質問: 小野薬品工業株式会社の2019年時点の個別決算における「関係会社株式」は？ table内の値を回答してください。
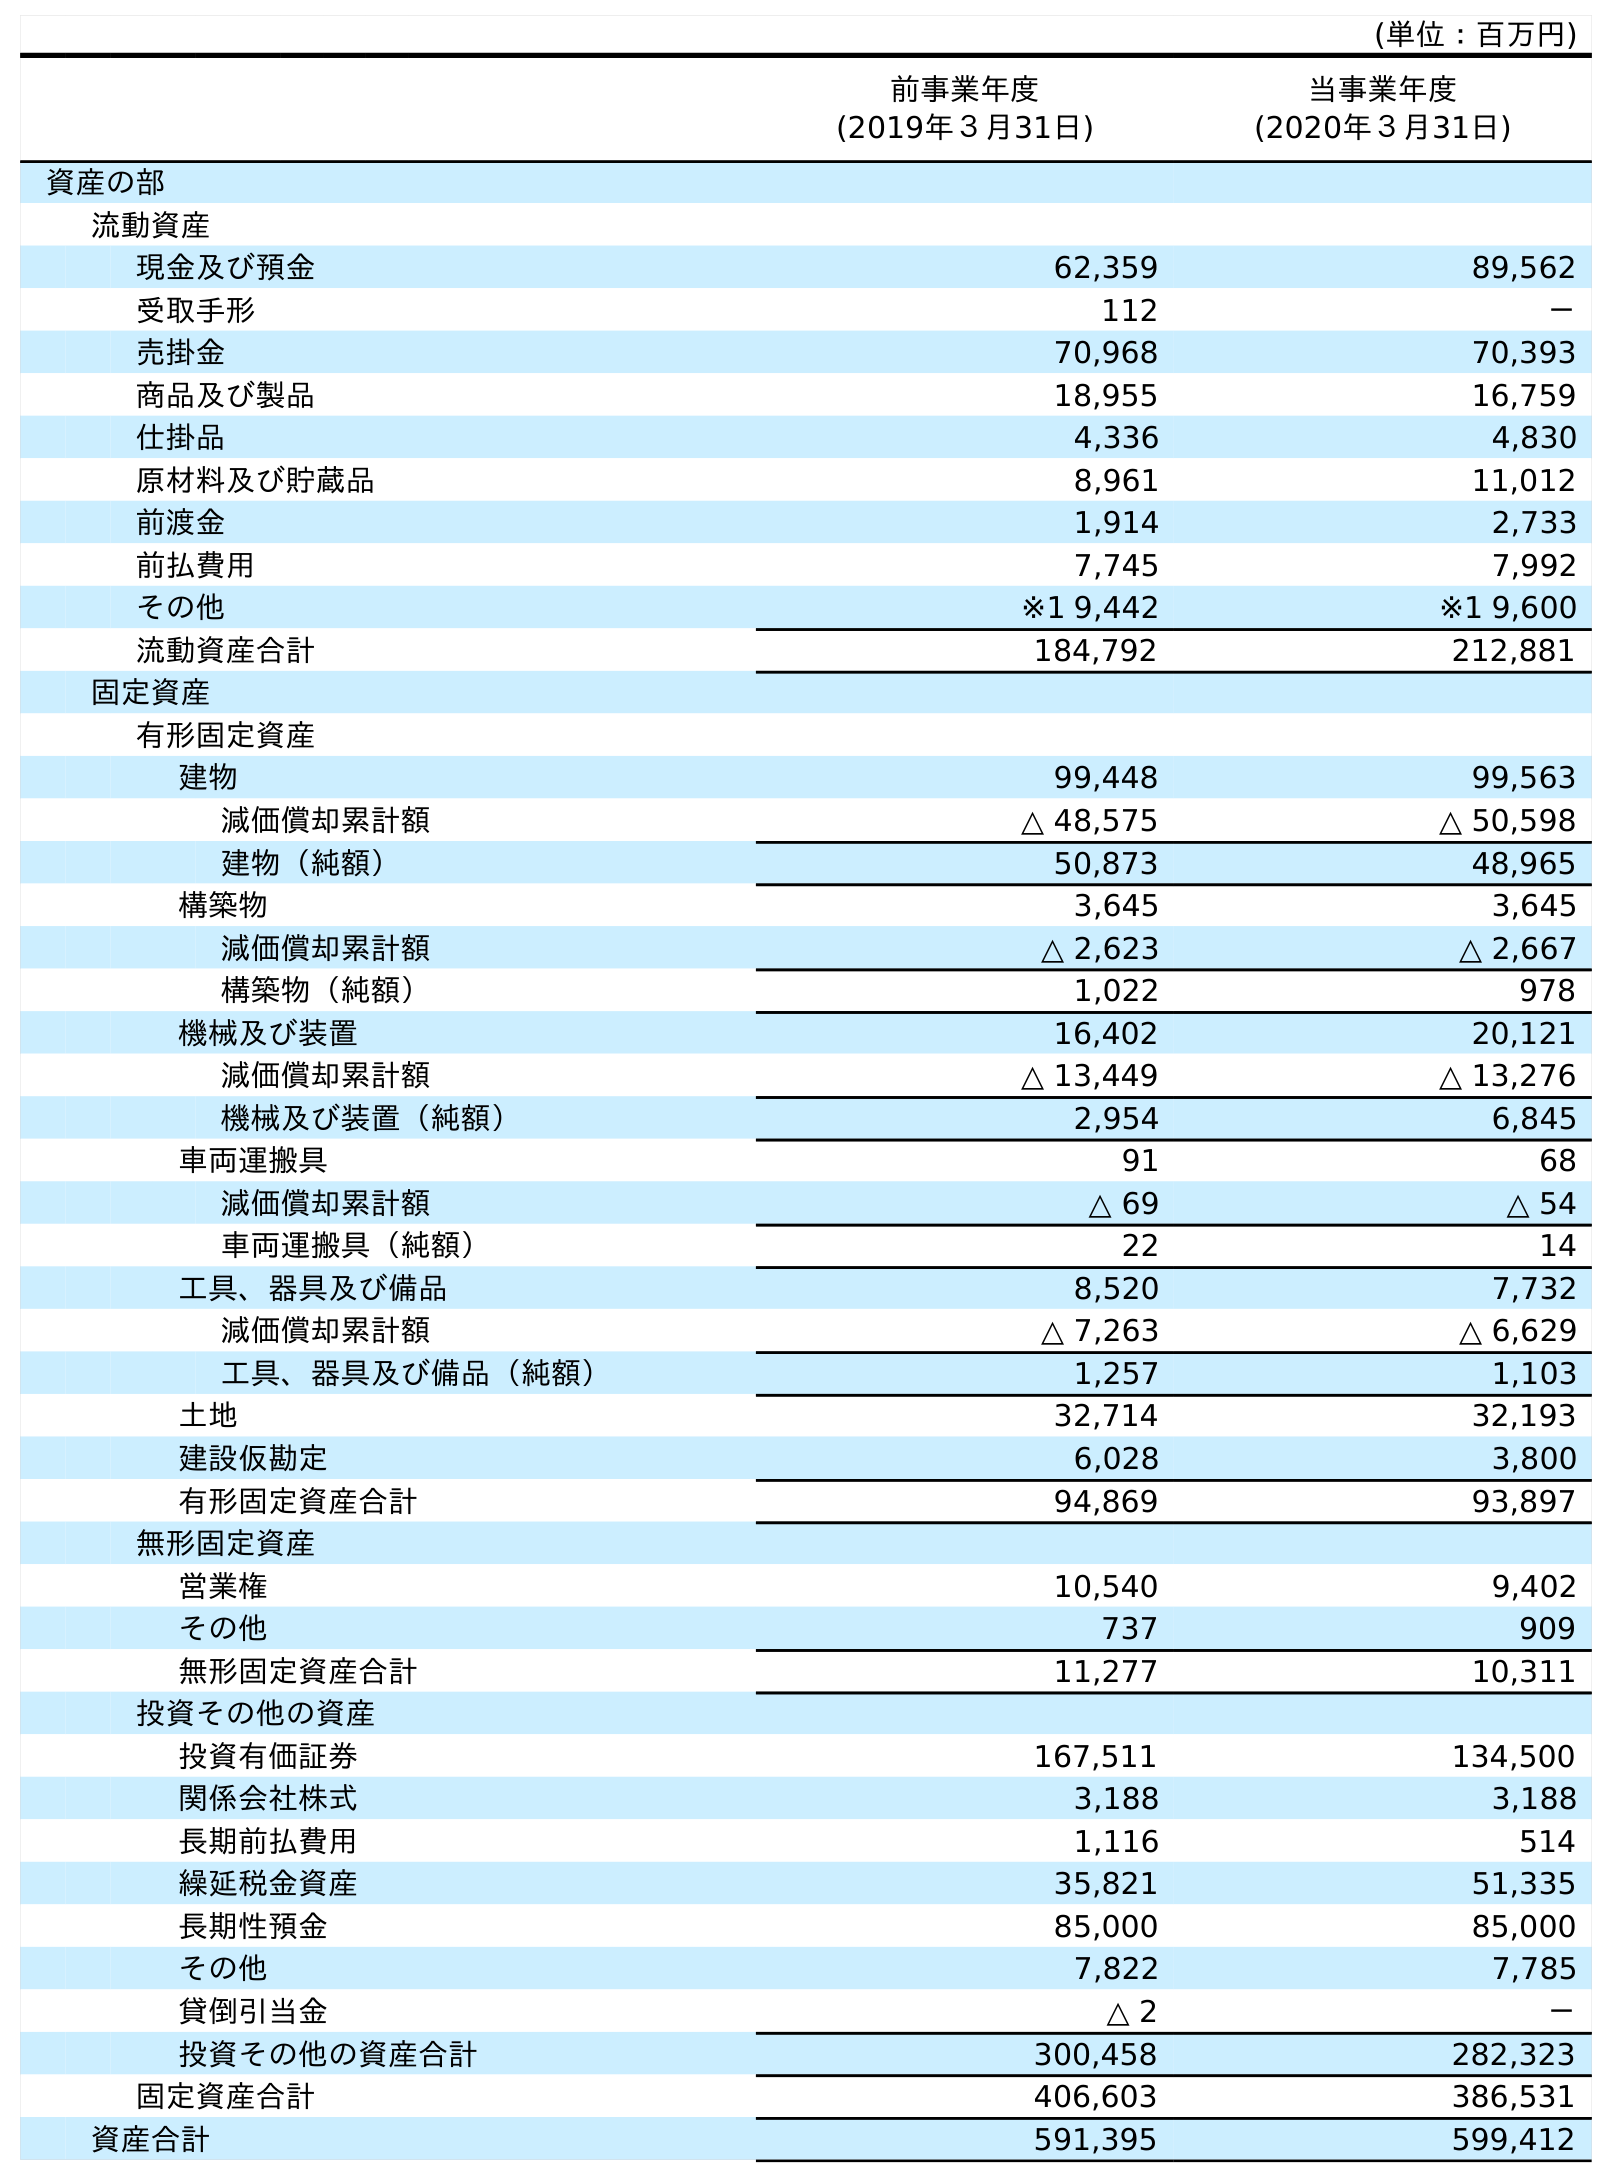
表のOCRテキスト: (単位：百万円) 前事業年度 (2019年３月31日) 当事業年度 (2020年３月31日) 資産の部 流動資産 現金及び預金 62,359 89,562 受取手形 112 － 売掛金 70,968 70,393 商品及び製品 18,955 16,759 仕掛品 4,336 4,830 原材料及び貯蔵品 8,961 11,012 前渡金 1,914 2,733 前払費用 7,745 7,992 その他 ※1 9,442 ※1 9,600 流動資産合計 184,792 212,881 固定資産 有形固定資産 建物 99,448 99,563 減価償却累計額 △ 48,575 △ 50,598 建物（純額） 50,873 48,965 構築物 3,645 3,645 減価償却累計額 △ 2,623 △ 2,667 構築物（純額） 1,022 978 機械及び装置 16,402 20,121 減価償却累計額 △ 13,449 △ 13,276 機械及び装置（純額） 2,954 6,845 車両運搬具 91 68 減価償却累計額 △ 69 △ 54 車両運搬具（純額） 22 14 工具、器具及び備品 8,520 7,732 減価償却累計額 △ 7,263 △ 6,629 工具、器具及び備品（純額） 1,257 1,103 土地 32,714 32,193 建設仮勘定 6,028 3,800 有形固定資産合計 94,869 93,897 無形固定資産 営業権 10,540 9,402 その他 737 909 無形固定資産合計 11,277 10,311 投資その他の資産 投資有価証券 167,511 134,500 関係会社株式 3,188 3,188 長期前払費用 1,116 514 繰延税金資産 35,821 51,335 長期性預金 85,000 85,000 その他 7,822 7,785 貸倒引当金 △ 2 － 投資その他の資産合計 300,458 282,323 固定資産合計 406,603 386,531 資産合計 591,395 599,412
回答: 3,188